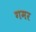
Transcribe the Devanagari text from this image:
गमर